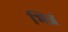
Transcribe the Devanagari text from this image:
भिन्नं